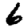
Digit: 6